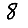
Digit: 8